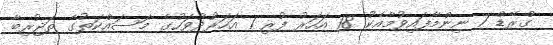
ގްރޭޑް 7 ނިންމާފައިވުމާއެކު 18 އަހަރު ފުރި 1 އަހަރުދުވަހުގެ މަސައްކަތުގެ ތަޖުރިބާ